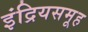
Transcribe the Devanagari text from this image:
इंद्रियसमूह